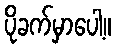
ပိုခက်မှာပေါ့။